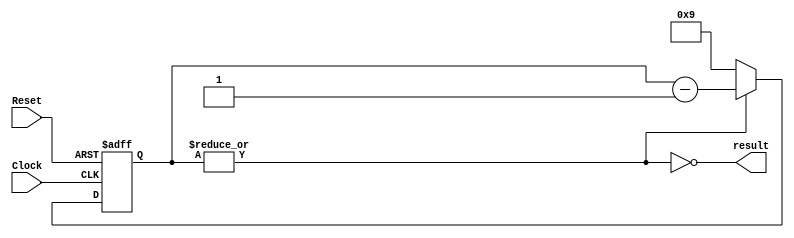
`default_nettype none
module clock_divider(
   input Clock,
   input Reset,
   output result
   );
   parameter div = 10;

   reg [31:0] count;
   assign result = ~|count;

   always @(posedge Clock, negedge Reset)
      if (~Reset)
         count <= div - 1;
      else
         count <= ~|count ? div - 1 : count - 1;

endmodule